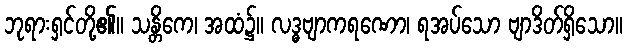
ဘုရားရှင်တို့၏။ သန္တိကေ၊ အထံ၌။ လဒ္ဓဗျာကရဏော၊ ရအပ်သော ဗျာဒိတ်ရှိသော။